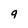
Character: 9